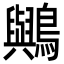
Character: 𪇬